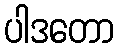
ပါဒတော